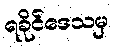
ရခိုင်ဒေသမှ